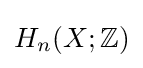
H_{n}(X;\mathbb {Z} )